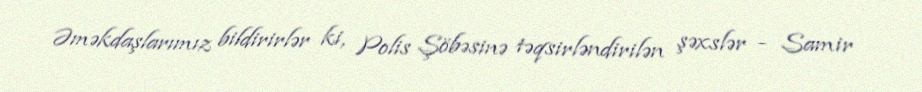
Əməkdaşlarımız bildirirlər ki, Polis Şöbəsinə təqsirləndirilən şəxslər - Samir